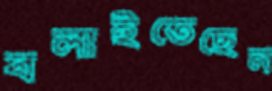
বলাইতেছেন